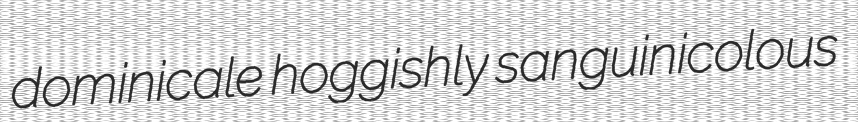
dominicale hoggishly sanguinicolous